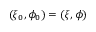
( \xi _ { 0 } , \phi _ { 0 } ) = ( \xi , \phi )